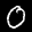
Label: 0